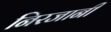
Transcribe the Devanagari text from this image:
निरजानी